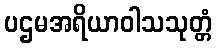
ပဌမအရိယာဝါသသုတ္တံ